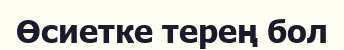
Өсиетке терең бол